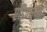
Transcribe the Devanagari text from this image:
एडिक्सन्स